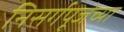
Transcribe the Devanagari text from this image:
निसर्गपूजेच्या